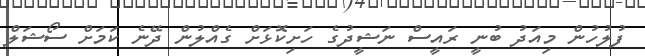
ފުލުހުން މިއަދު ބުނީ ރައީސް ނަޝީދުގެ ހަށިކޮޅަށް ގެއްލުން ދޭނެ ކަމަށް ސޯޝަލް